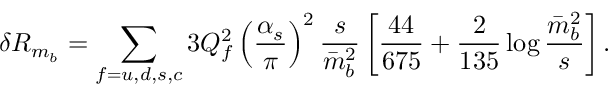
\delta R _ { m _ { b } } = \sum _ { f = u , d , s , c } 3 Q _ { f } ^ { 2 } \left( \frac { \alpha _ { s } } { \pi } \right) ^ { 2 } \frac { s } { \bar { m } _ { b } ^ { 2 } } \left[ \frac { 4 4 } { 6 7 5 } + \frac { 2 } { 1 3 5 } \log \frac { \bar { m } _ { b } ^ { 2 } } { s } \right] .